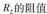
R_{2}的阻值.